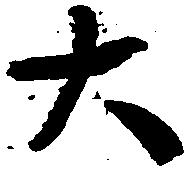
大